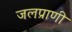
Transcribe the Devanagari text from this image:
जलप्राणी